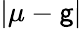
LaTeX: |\mu-\mathsf{g}|